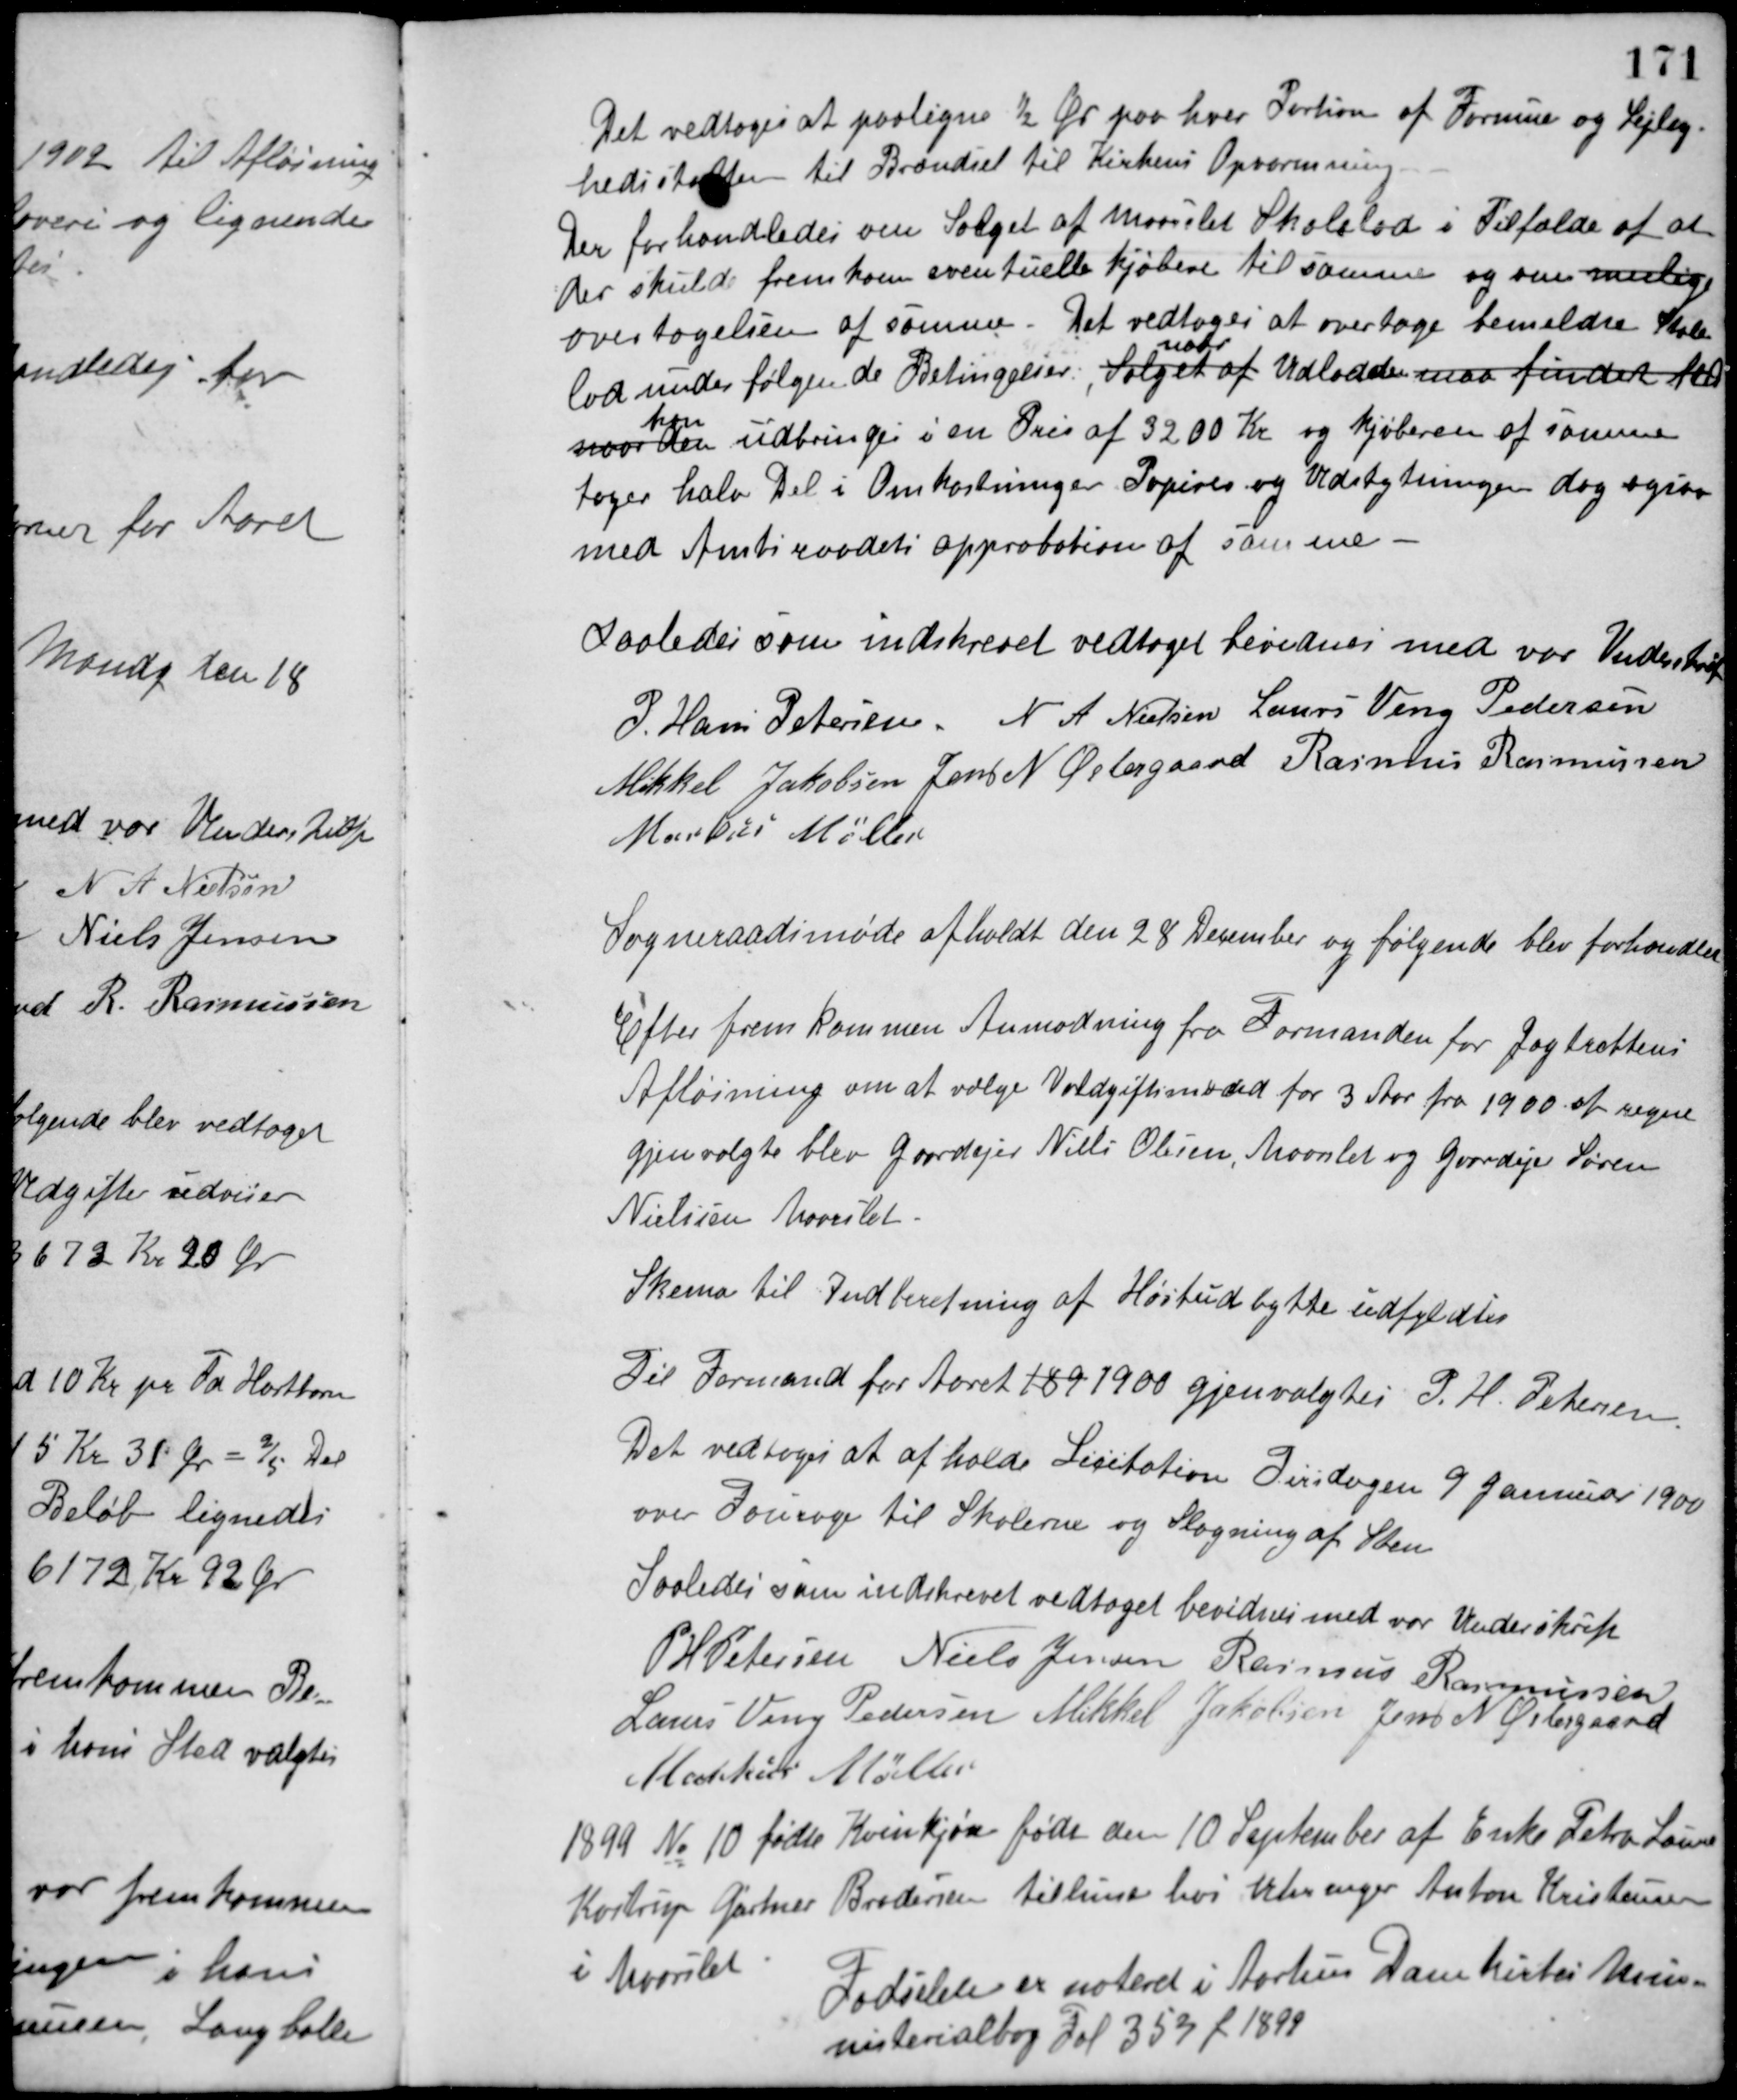
Transskription:
Det vedtoges at paaligne ½ Øre paa hver Portion af Formue og Lejlig-
hedsskatten til Brændsel til Kirkens Opvarmning.
Der forhandledes om Salget af Maarslet Skolelod i Tilfælde af at
der skulde fremkom eventuelle kjøbere til samme og om mulig
overtagelsen af samme. Det vedtoges at overtage bemeldte Skole-
lod under følgende Betingelser: Salget af
naar
Udlodden maa findet sted
naar den
kan
udbringes i en Pris af 3200 Kr. og Kjøberen af samme
tager halv Del i Omkostninger Papirer og Udstykningen dog ogsaa
med Amtsraadets approbation af samme -
Saaledes som indskrevet vedtaget bevidnes med vor Underskrift
P. Hans Petersen N. A. Nielsen Laurs Veng Pedersen
Mikkel Jakobsen Jens N. Østergaard Rasmus Rasmussen
Markus Møller
Sogneraadsmøde afholdt den 28 December og følgende blev forhandlet
Efter fremkommen Anmodning fra Formanden for Jagtrettens
Afløsning om at vælge Voldgiftsmænd for 3 Aar fra 1900 at regne
gjenvalgte blev Gaardejer Niels Olesen, Maarslet og Gaardejer Søren
Nielisen Maarslet.
Skema til Indberetning af Høstudbytte udfyldtes
Til Formand for Aaret 189 1900 gjenvalgtes P. H. Petersen.
Det vedtoges at afholde Licitation Tirsdagen 9 Januar 1900
over Fourage til Skolerne og Slagning af Sten.
Saaledes som indskrevet vedtaget bevidnes med vor Underskrift
P. H. Petersen Niels Jensen Rasmus Rasmussen
Laurs Veng Pedersen Mikkel Jakobsen Jens N. Østergaard
Markus Møller
1899 No 10 fødte Kvinkjøn født den 10 September af Enke Petra Laune
Kortrup Gørtner Brodersen tilhuse hos Urmager Anton Kristensen
i Maarslet.
Fødselen er noteret i Aarhus Domkirkes Mini-
nisterialbog Fol 359 f. 1899.